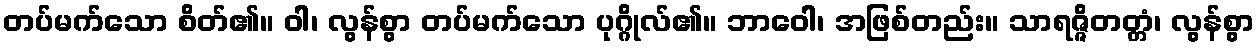
တပ်မက်သော စိတ်၏။ ဝါ၊ လွန်စွာ တပ်မက်သော ပုဂ္ဂိုလ်၏။ ဘာဝေါ၊ အဖြစ်တည်း။ သာရဇ္ဇိတတ္တံ၊ လွန်စွာ